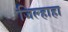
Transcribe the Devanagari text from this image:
जिल्हाहा